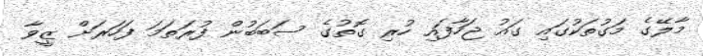
މާލޭގެ މަގުތަކުގައި ގައު ޖަހާފައި ހުރި ގޮތުގެ ސަބަބުން ފުރަތަމަ ފަހަރަށް ޒީވާ